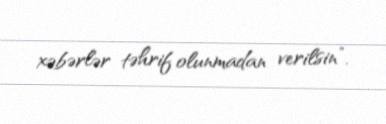
xəbərlər təhrif olunmadan verilsin”.